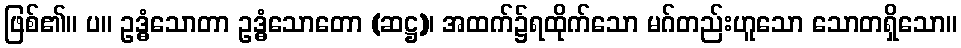
ဖြစ်၏။ ပ။ ဥဒ္ဓံသောတာ ဥဒ္ဓံသောတော (ဆဋ္ဌ)၊ အထက်၌ရထိုက်သော မဂ်တည်းဟူသော သောတရှိသော။